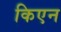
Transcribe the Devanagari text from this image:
किएन